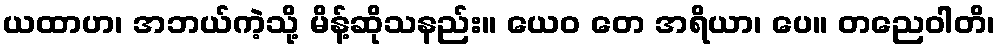
ယထာဟ၊ အဘယ်ကဲ့သို့ မိန့်ဆိုသနည်း။ ယေဝ တေ အရိယာ၊ ပေ။ တညေဝါတိ၊